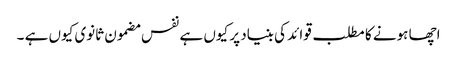
اچھا ہونے کا مطلب قوائد کی بنیاد پر کیوں ہے نفس مضمون ثانوی کیوں ہے ۔